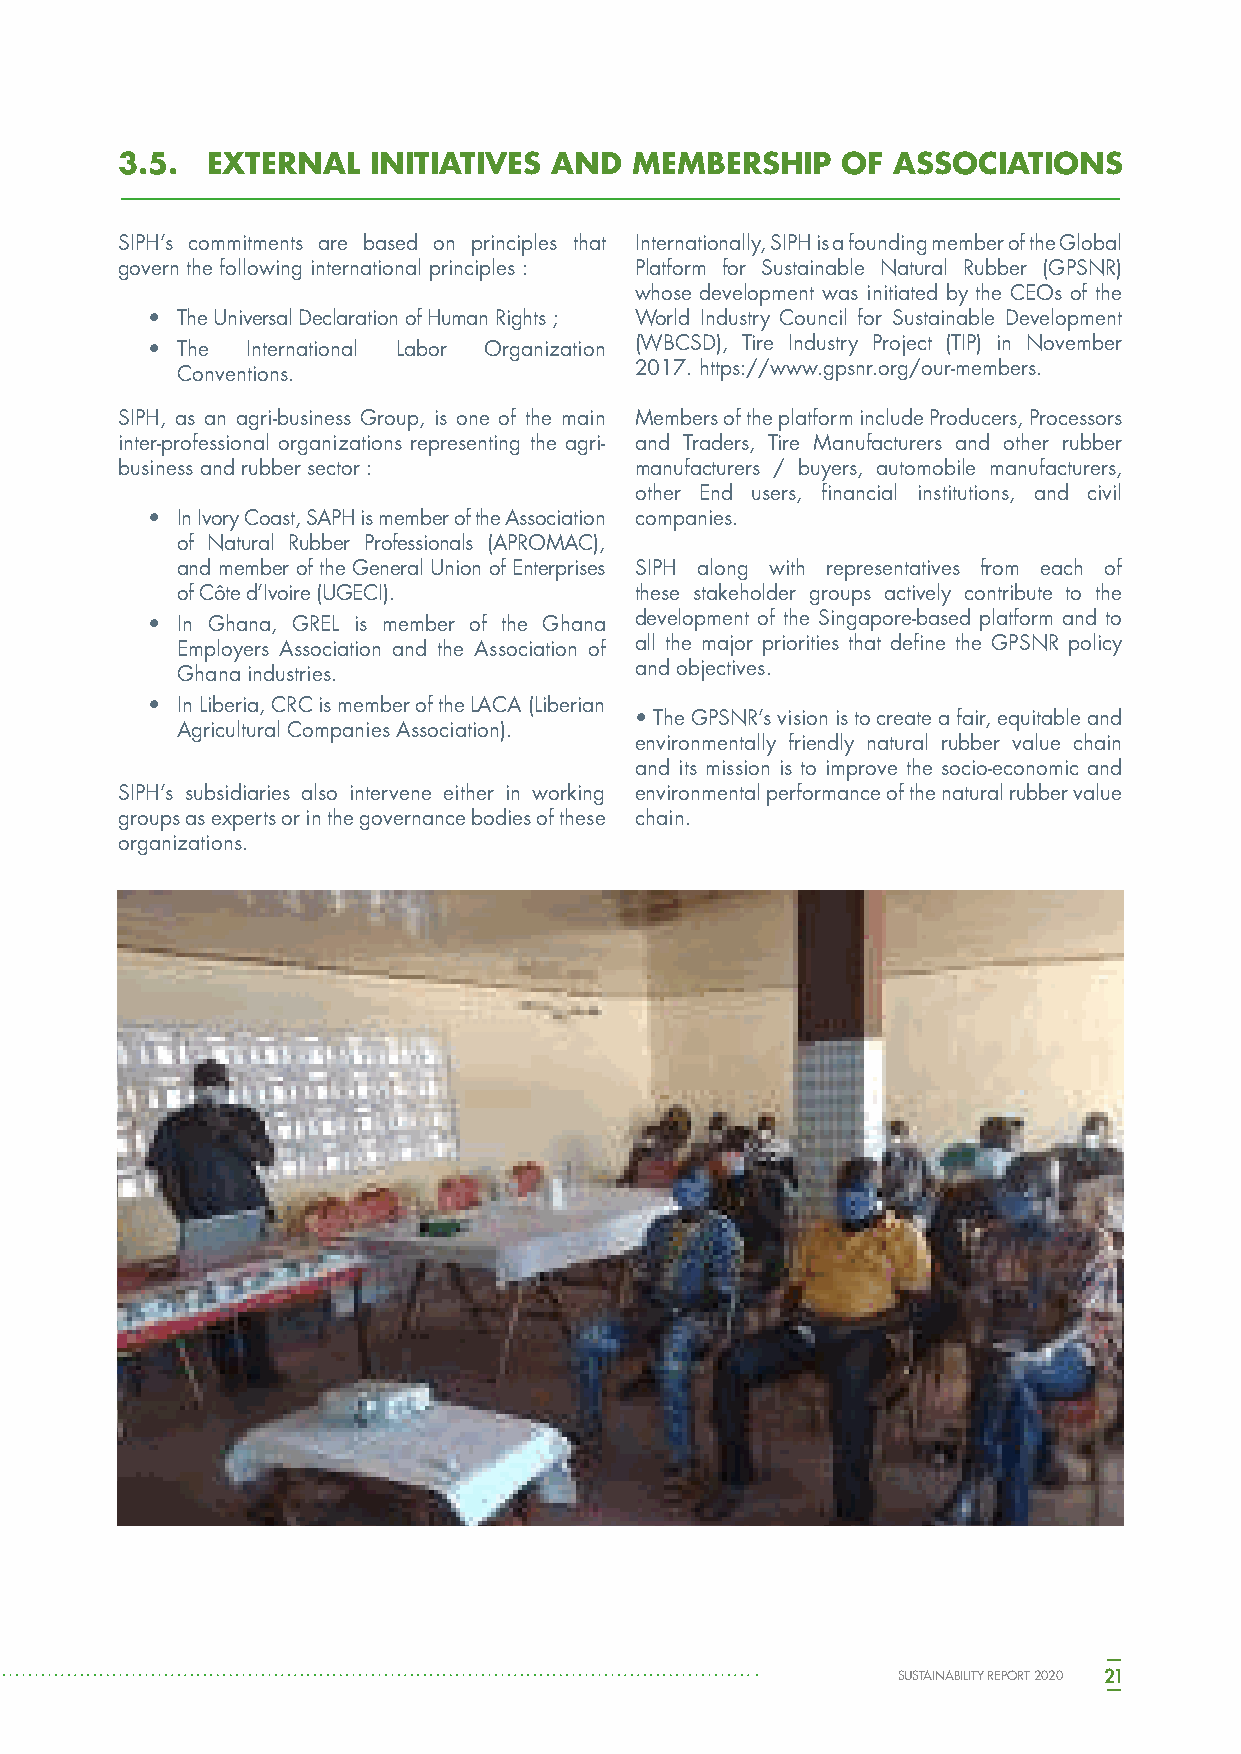
3.5.  EXTERNAL   INITIATIVES AND  MEMBERSHIP    OF ASSOCIATIONS
 SIPH’s commitments are based on principles that Internationally, SIPH is a founding member of the Global
 govern the following international principles : Platform for Sustainable Natural Rubber (GPSNR)
 whose development was initiated by the CEOs of the
 • The Universal Declaration of Human Rights ; World Industry Council for Sustainable Development
 • The International Labor Organization (WBCSD), Tire Industry Project (TIP) in November
 Conventions.                  2017. https://www.gpsnr.org/our-members.
 SIPH, as an agri-business Group, is one of the main Members of the platform include Producers, Processors
 inter-professional organizations representing the agri- and Traders, Tire Manufacturers and other rubber
 business and rubber sector :      manufacturers / buyers, automobile manufacturers,
 other End users, financial institutions, and civil
 • In Ivory Coast, SAPH is member of the Association companies.
 of Natural Rubber Professionals (APROMAC),
 and member of the General Union of Enterprises SIPH along with representatives from each of
 of Côte d’Ivoire (UGECI).     these stakeholder groups actively contribute to the
 • In Ghana, GREL is member of the Ghana development of the Singapore-based platform and to
 Employers Association and the Association of all the major priorities that define the GPSNR policy
 Ghana industries.             and objectives.
 • In Liberia, CRC is member of the LACA (Liberian
 • The GPSNR’s vision is to create a fair, equitable and
 Agricultural Companies Association).
 environmentally friendly natural rubber value chain
 and its mission is to improve the socio-economic and
 SIPH’s subsidiaries also intervene either in working environmental performance of the natural rubber value
 groups as experts or in the governance bodies of these chain.
 organizations.
 SUSTAINABILITY REPORT 2020 21